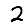
Digit: 2